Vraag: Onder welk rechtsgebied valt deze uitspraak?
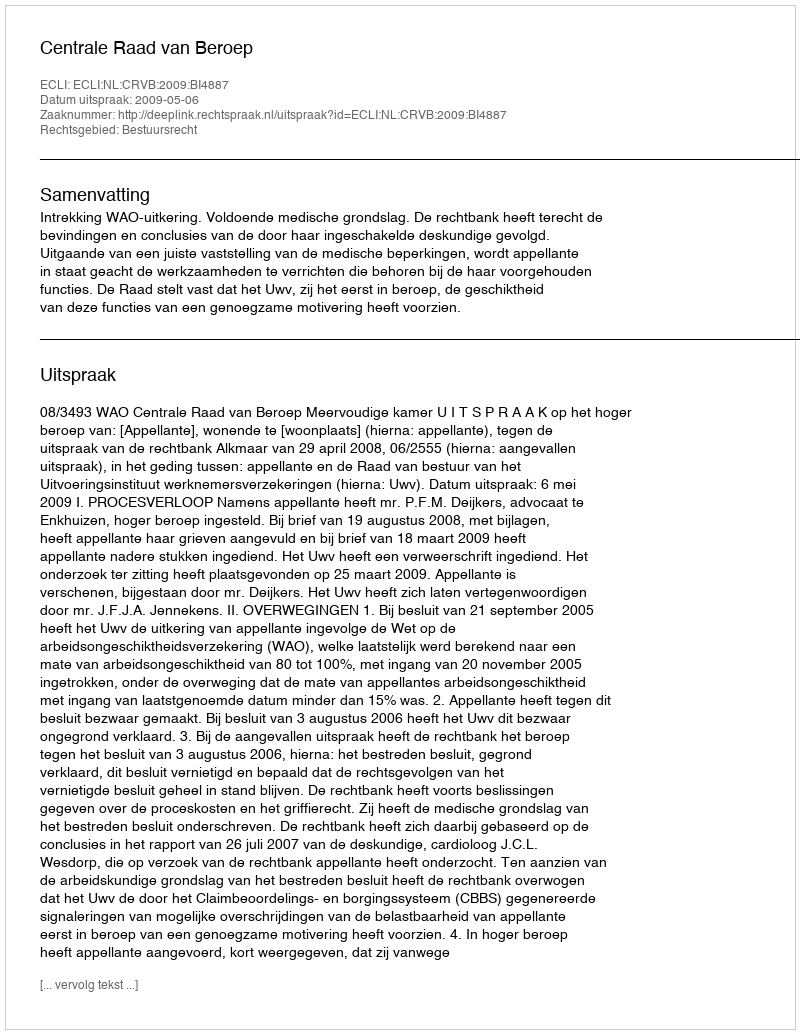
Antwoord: Bestuursrecht